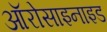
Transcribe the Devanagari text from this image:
ऑरोसाइनाइड